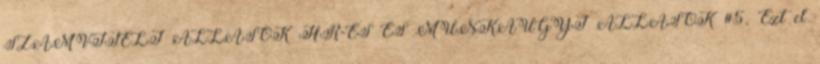
SZÁMVITELI ÁLLÁSOK HR-ES ÉS MUNKAÜGYI ÁLLÁSOK #5. Ezt el